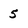
Character: 5